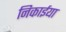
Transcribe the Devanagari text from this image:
निकाईया